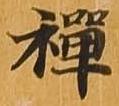
禅